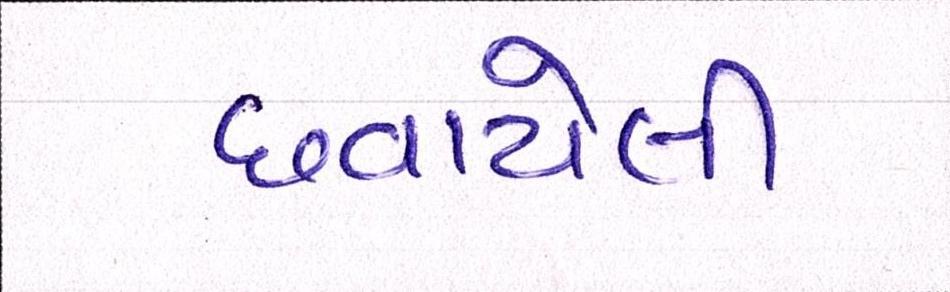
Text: છવાયેલી